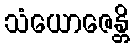
သံယောဇေန္တိ